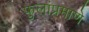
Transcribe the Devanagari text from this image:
फुलांप्रमाणे